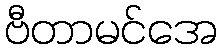
ဗီတာမင်အေ